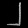
Digit: ၂